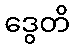
ဒွေတိ